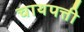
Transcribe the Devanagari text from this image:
चायपत्ती